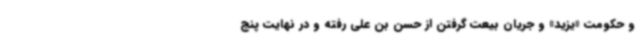
و حکومت «یزید» و جریان بیعت گرفتن از حسن بن علی رفته و در نهایت پنج